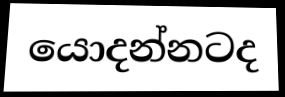
යොදන්නටද